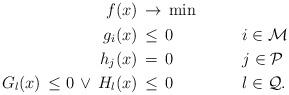
LaTeX: \begin{align*}\begin{aligned}f(x)&\,\rightarrow\,\min&&&\\g_i(x)&\,\leq\,0&\qquad&i\in\mathcal M&\\h_j(x)&\,=\,0&\qquad&j\in\mathcal P&\\G_l(x)\,\leq 0\,\lor\,H_l(x)&\,\leq\,0&\qquad&l\in\mathcal Q.&\end{aligned}\end{align*}